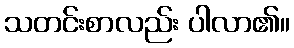
သတင်းစာလည်း ပါလာ၏။